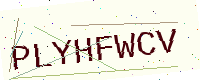
Text: PLYHFWCV